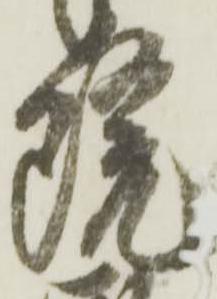
院